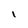
Character: I